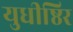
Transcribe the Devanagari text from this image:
युधीष्ठिर